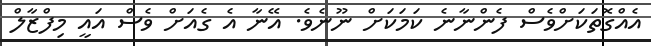
އެއްގޮތަކަށްވެސް ފެންނާނެ ކަމަކަށް ނޫނެވެ. އޭނާ އެ ގެއަށް ވެސް އައީ މިފްޒާލް